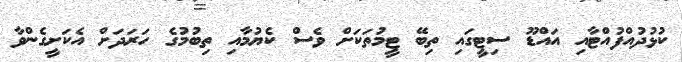
ކުޅުދުއްފުއްޓާއި އައްޑޫ ސިޓީގައި ތިބޭ ޓީމުތަކަށް ވެސް ކެޔުމާއި ތިބުމުގެ ހަރަދަށް އެކަށީގެންވާ